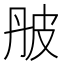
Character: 𤿔